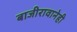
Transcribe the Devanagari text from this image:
बाजीरावानेही